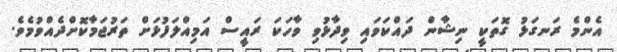
އެންމެ ރަނގަޅު ގޮތަކީ ނިޝާން ދައްކަވައި ވިދާޅުވި ވާހަކަ ރައީސް އަމިއްލަފުޅަށް ތަރުޖަމާކޮށްދެެއްވުމެވެ.